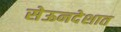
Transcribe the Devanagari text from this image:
सेऊनदेशात